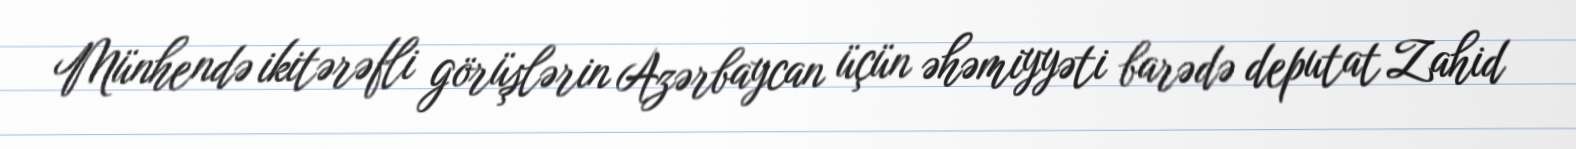
Münhendə ikitərəfli görüşlərin Azərbaycan üçün əhəmiyyəti barədə deputat Zahid